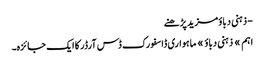
- ذہنی دباؤمزید پڑھنے
اہم » ذہنی دباؤ » ماہواری ڈاسفورک ڈس آرڈر کا ایک جائزہ۔